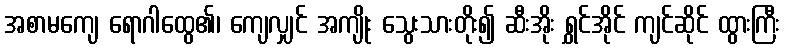
အစာမကျေ ရောဂါထွေ၏၊ ကျေလျှင် အကျိုး သွေးသားတိုး၍ ဆီးအိုး ရွှင်အိုင် ကျင်ဆိုင် ထွားကြီး